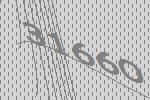
31660